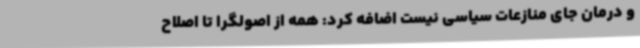
و درمان جای منازعات سیاسی نیست اضافه کرد: همه از اصولگرا تا اصلاح